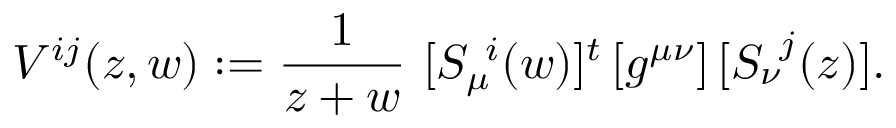
V ^ { i j } ( z , w ) : = { \frac { 1 } { z + w } } \ [ S _ { \mu } ^ { \ i } ( w ) ] ^ { t } \, [ g ^ { \mu \nu } ] \, [ S _ { \nu } ^ { \ j } ( z ) ] .